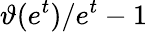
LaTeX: \vartheta(e^{t})/{e^{t}}-1